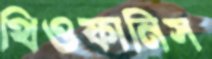
থিওফানিস